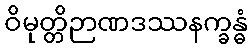
ဝိမုတ္တိဉာဏဒဿနက္ခန္ဓံ